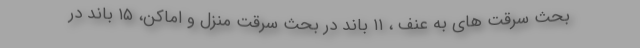
بحث سرقت های به عنف ، ۱۱ باند در بحث سرقت منزل و اماکن، ۱۵ باند در